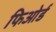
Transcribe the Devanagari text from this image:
फिओर्ड